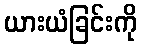
ယားယံခြင်းကို